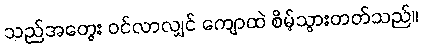
သည်အတွေး ဝင်လာလျှင် ကျောထဲ စိမ့်သွားတတ်သည်။